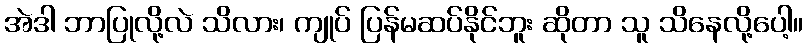
အဲဒါ ဘာပြုလို့လဲ သိလား၊ ကျုပ် ပြန်မဆပ်နိုင်ဘူး ဆိုတာ သူ သိနေလို့ပေါ့။